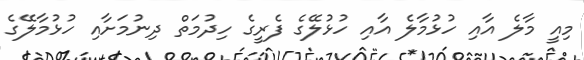
މިއީ މާލެ އާއި ހުޅުމާލެ އާއި ހުޅުލޭގެ ފެރީގެ ހިދުމަތް ދިނުމަށާއި ހުޅުމާލޭގެ